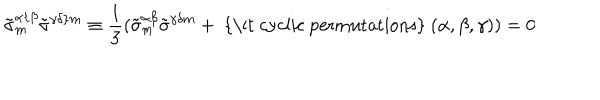
\tilde { \sigma } _ { { m } } ^ { \alpha \{ \beta } \tilde { \sigma } ^ { \gamma \delta \} { m } } \equiv { \frac { 1 } { 3 } } ( \tilde { \sigma } _ { { m } } ^ { \alpha \beta } \tilde { \sigma } ^ { \gamma \delta { m } } + \mathrm { ~ { \it ~ c y c l i c ~ p e r m u t a t i o n s } ~ } ( \alpha , \beta , \gamma ) ) = 0